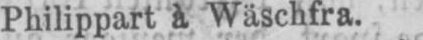
Philippart à Wäschfra.